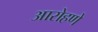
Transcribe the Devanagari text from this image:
आरोहणे